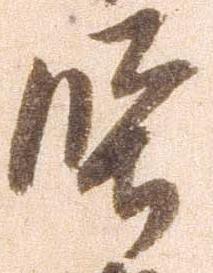
堅